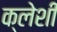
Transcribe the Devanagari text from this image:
क्लेशी